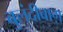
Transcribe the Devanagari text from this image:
बुलंदीबाग़